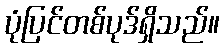
ပုံပြင်တစ်ပုဒ်ရှိသည်။